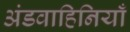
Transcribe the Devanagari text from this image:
अंडवाहिनियाँ